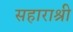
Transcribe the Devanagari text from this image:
सहाराश्री